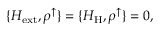
\{ H _ { \mathrm { e x t } } , \rho ^ { \uparrow } \} = \{ H _ { \mathrm { H } } , \rho ^ { \uparrow } \} = 0 ,